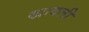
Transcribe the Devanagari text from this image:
खादली